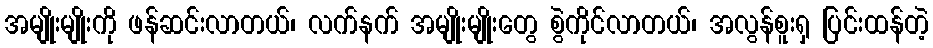
အမျိုးမျိုးကို ဖန်ဆင်းလာတယ်၊ လက်နက် အမျိုးမျိုးတွေ စွဲကိုင်လာတယ်၊ အလွန်စူးရှ ပြင်းထန်တဲ့